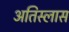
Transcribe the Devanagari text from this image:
अतिस्लास